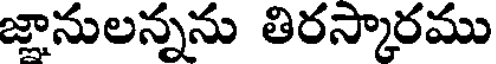
జ్లానులన్నను తిరస్కారము